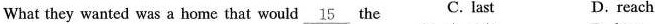
What they wanted was a homethat would \underline{15} the C. last D. reach